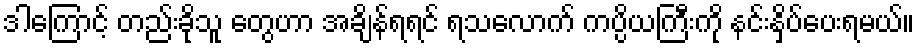
ဒါကြောင့် တည်းခိုသူ တွေဟာ အချိန်ရရင် ရသလောက် ကပ္ပိယကြီးကို နင်းနှိပ်ပေးရမယ်။